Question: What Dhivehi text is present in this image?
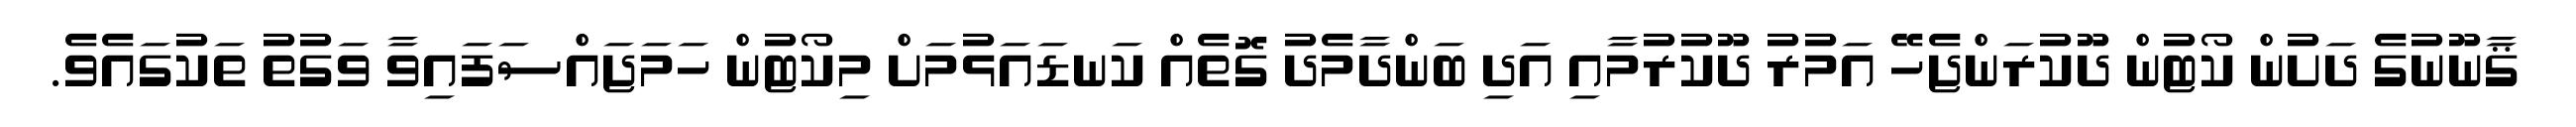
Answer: ޤާނޫނުގެ ދަށުން ކޯޓުން ދޫކުރަންޖެހޭ އަމުރު ދޫކުރުމާއި އަދި ބަންދާމެދު ގޮތެއް ކަނޑައަޅުމަށް މިކޯޓުން ހަމަޖައްސަފައިވާ ވަގުތު ތަކުގައެވެ.